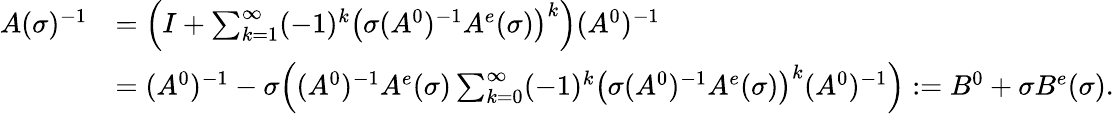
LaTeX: \begin{array}{rl}{A(\sigma)^{-1}}&{=\Big(I+\sum_{k=1}^{\infty}(-1)^{k}\big(\sigma(A^{0})^{-1}A^{e}(\sigma)\big)^{k}\Big)(A^{0})^{-1}}\\ &{=(A^{0})^{-1}-\sigma\Big((A^{0})^{-1}A^{e}(\sigma)\sum_{k=0}^{\infty}(-1)^{k}\big(\sigma(A^{0})^{-1}A^{e}(\sigma)\big)^{k}(A^{0})^{-1}\Big):=B^{0}+\sigma B^{e}(\sigma).}\end{array}